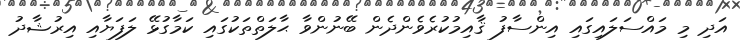
އަދި މި މައްސަލައިގައި އިންސާފު ޤާއިމުކުރެވެންދެން ބޭނުންވާ ޙާލަތްތަކުގައި ކަމާގުޅޭ ލަފަޔާއި އިރުޝާދު